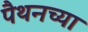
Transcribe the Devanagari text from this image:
पैथनच्या